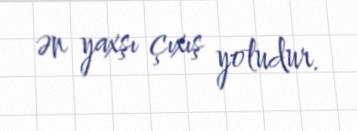
ən yaxşı çıxış yoludur.